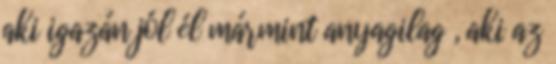
aki igazán jól él mármint anyagilag , aki az